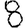
Digit: 8